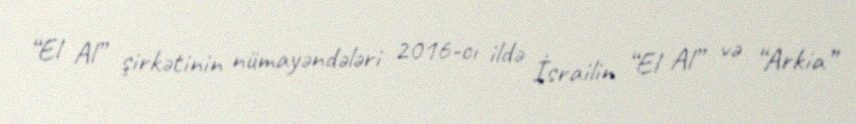
“El Al” şirkətinin nümayəndələri 2016-cı ildə İsrailin “El Al” və “Arkia”